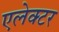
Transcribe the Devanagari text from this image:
एलेक्टर